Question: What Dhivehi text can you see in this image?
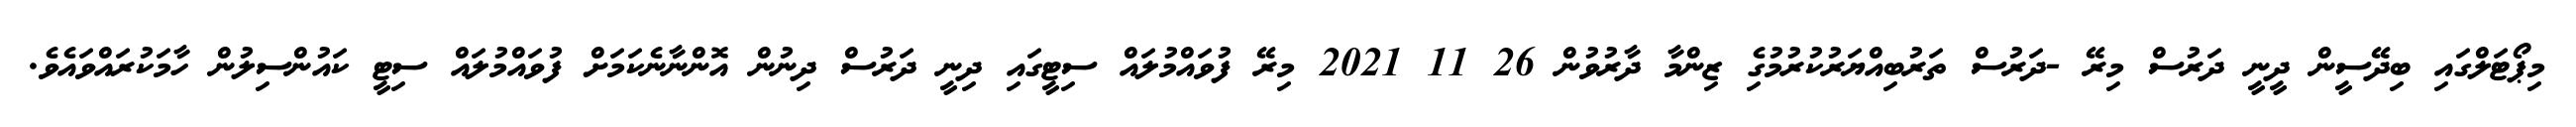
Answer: މިޕޯޓަލްގައި ބިދޭސީން ދީނީ ދަރުސް މިރޭ -ދަރުސް ތަރުބިއްޔަރުކުރުމުގެި ޒިންމާ ދާރުވުން 26 11 2021 މިރޭ ފުވައްމުލައް ސިޓީގައި ދިނީ ދަރުސް ދިނުން އޮންނާނެކަމަށް ފުވައްމުލައް ސިޓީ ކައުންސިލުން ހާމަކުރައްވައެވެ.